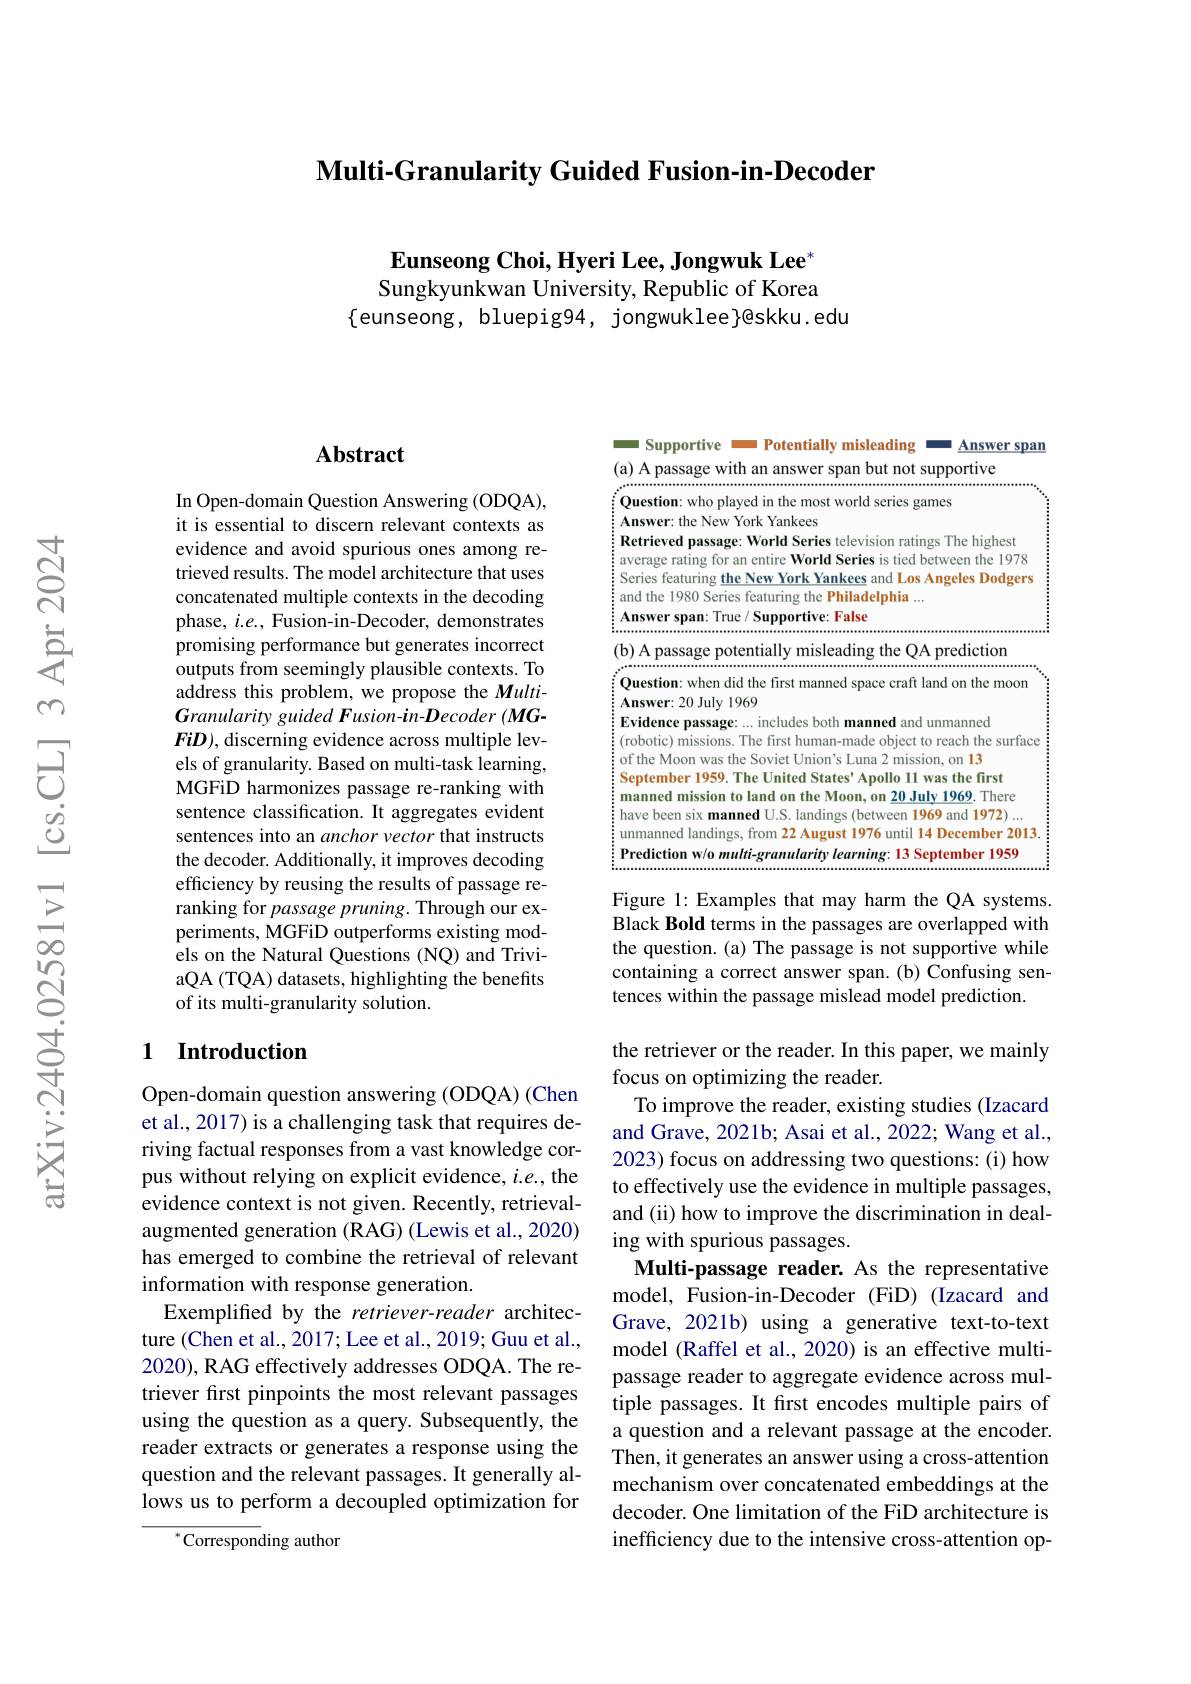
### $\textbf{Multi- Granularity Guided Fusion- in- Decoder}$

$\textbf{Eunseong Choi, Hyeri Lee, Jongwuk Lee}^*$ Sungkyunkwan University, Republic of Korea
$\{$eunseong, bluepig94, jongwuklee}@skku.edu

## Abstract

In Open-domain Question Answering (ODQA), it is essential to discern relevant contexts as evidence and avoid spurious ones among retrieved results. The model architecture that uses concatenated multiple contexts in the decoding phase, $i.e.$, Fusion-in-Decoder, demonstrates promising performance but generates incorrect outputs from seemingly plausible contexts. To address this problem, we propose the MultiGranularity guided Fusion-in-Decoder (MGFiD), discerning evidence across multiple levels of granularity. Based on multi-task learning, MGFiD harmonizes passage re-ranking with sentence classification. It aggregates evident sentences into an anchor vector that instructs the decoder. Additionally, it improves decoding efficiency by reusing the results of passage reranking for passage pruning. Through our experiments, MGFiD outperforms existing models on the Natural Questions (NQ) and TriviaQA (TQA) datasets, highlighting the benefits of its multi-granularity solution.

## 1 Introduction

Open-domain question answering (ODQA) (Chen et al., 2017) is a challenging task that requires deriving factual responses from a vast knowledge corpus without relying on explicit evidence, $i.e.$, the evidence context is not given. Recently, retrievalaugmented generation (RAG) (Lewis et al., 2020) has emerged to combine the retrieval of relevant information with response generation.
Exemplified by the retriever-reader architecture (Chen et al., 2017; Lee et al., 2019; Guu et al., 2020), RAG effectively addresses ODQA. The retriever first pinpoints the most relevant passages using the question as a query. Subsequently, the reader extracts or generates a response using the question and the relevant passages. It generally allows us to perform a decoupled optimization for

$^{*}$Corresponding author

<FigureHere>

Figure 1: Examples that may harm the QA systems. Black Bold terms in the passages are overlapped with the question. (a) The passage is not supportive while containing a correct answer span. (b) Confusing sentences within the passage mislead model prediction.

the retriever or the reader. In this paper, we mainly
focus on optimizing the reader.
To improve the reader, existing studies (Izacard and Grave, 2021b; Asai et al., 2022; Wang et al., 2023) focus on addressing two questions: (i) how to effectively use the evidence in multiple passages, and (ii) how to improve the discrimination in dealing with spurious passages.
Multi-passage reader. As the representative model, Fusion-in-Decoder (FiD) (Izacard and Grave, 2021b) using a generative text-to-text model (Raffel et al., 2020) is an effective multipassage reader to aggregate evidence across multiple passages. It first encodes multiple pairs of a question and a relevant passage at the encoder. Then, it generates an answer using a cross-attention mechanism over concatenated embeddings at the decoder. One limitation of the FiD architecture is inefficiency due to the intensive cross-attention op-